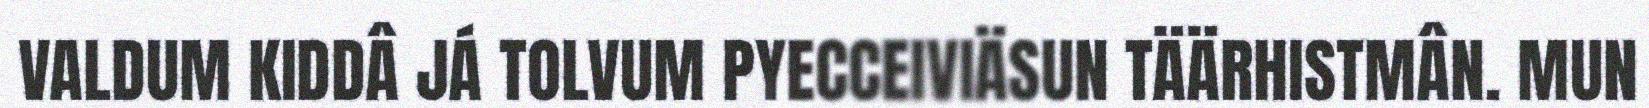
VALDUM KIDDÂ JÁ TOLVUM PYECCEIVIÄSUN TÄÄRHISTMÂN. MUN